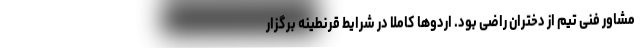
مشاور فنی تیم از دختران راضی بود. اردوها کاملا در شرایط قرنطینه برگزار